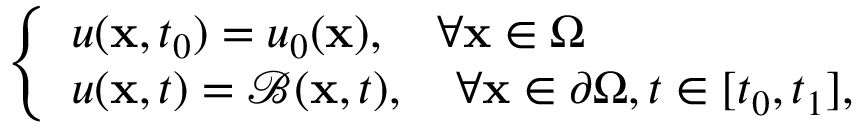
\begin{array} { r } { \left\{ \begin{array} { l l } { u ( \mathbf { x } , t _ { 0 } ) = u _ { 0 } ( \mathbf { x } ) , \quad \forall \mathbf { x } \in \Omega } \\ { u ( \mathbf { x } , t ) = \mathcal { B } ( \mathbf { x } , t ) , \quad \forall \mathbf { x } \in \partial \Omega , t \in [ t _ { 0 } , t _ { 1 } ] , } \end{array} \right. } \end{array}